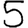
Digit: 5